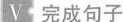
V 完成句子